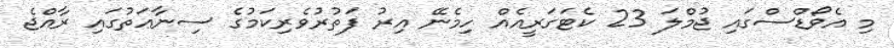
މި އެވޯޑްސްގައި ޖުމްލަ 23 ކެޓަގަރީއެއް ހިމެނޭ އިރު ފަތުރުވެރިކަމުގެ ސިނާޢަތުގައި ރާއްޖެ